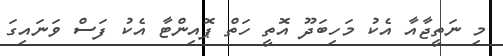
މި ނަތީޖާއާ އެކު މަހިބަދޫ އޮތީ ހަތް ޕޮއިންޓާ އެކު ފަސް ވަނައިގަ